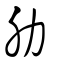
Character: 肋